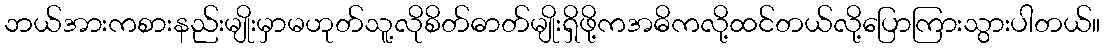
ဘယ်အားကစားနည်းမျိုးမှာမဟုတ်သူ့လိုစိတ်ဓာတ်မျိုးရှိဖို့ကအဓိကလို့ထင်တယ်လို့ပြောကြားသွားပါတယ်။